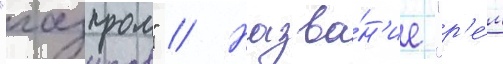
"газпром" // Назва́н'ие "р'е́м